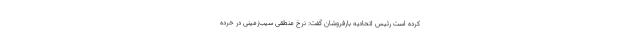
کرده است رئیس اتحادیه بارفروشان گفت: نرخ منطقی سیب‌زمینی در خرده‌